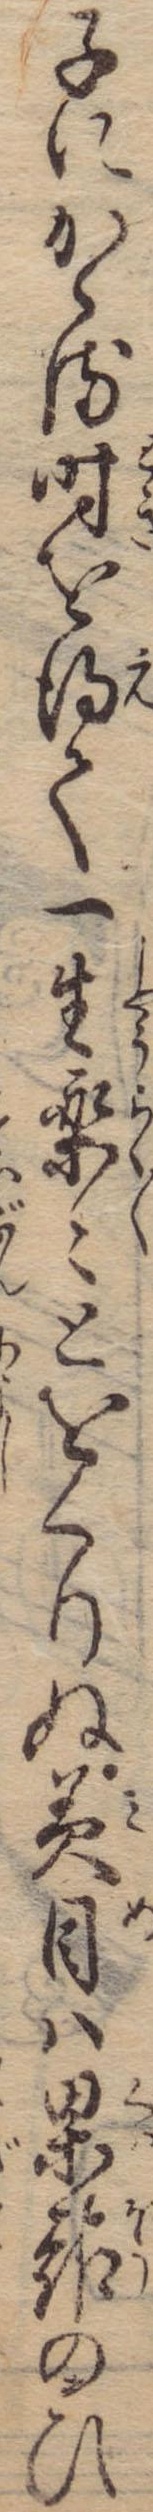
子にかゝる時を得て一生楽々とをくりぬ美目は果報のひ